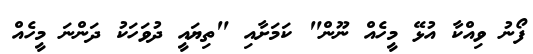
ފޯނު ވިއްކާ އުޅޭ މީހެއް ނޫން" ކަމަށާއި "ތިޔައީ ދުވަހަކު ދަންނަ މީހެއް